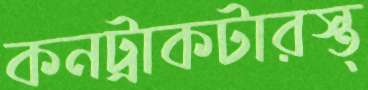
কনট্রাকটারস্ত্